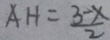
A H = \frac { 3 - x } { 2 }